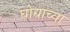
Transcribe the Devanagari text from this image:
घोद्याच्या